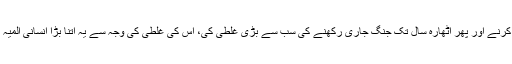
امریکہ نے پہلے افغانستان پر حملہ کرنے اور پھر اٹھارہ سال تک جنگ جاری رکھنے کی سب سے بڑی غلطی کی، اس کی غلطی کی وجہ سے یہ اتنا بڑا انسانی المیہ رونما ہوا اور اتنی بڑی تباہی ہوئی ۔